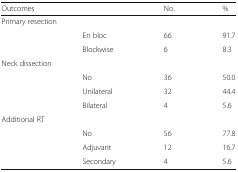
<table><thead><tr><td><b>Outcomes</b></td><td></td><td><b>No.</b></td><td><b>%</b></td></tr></thead><tbody><tr><td colspan="4">Primary resection</td></tr><tr><td rowspan="2"></td><td>En bloc</td><td>66</td><td>91.7</td></tr><tr><td>Blockwise</td><td>6</td><td>8.3</td></tr><tr><td colspan="4">Neck dissection</td></tr><tr><td rowspan="3"></td><td>No</td><td>36</td><td>50.0</td></tr><tr><td>Unilateral</td><td>32</td><td>44.4</td></tr><tr><td>Bilateral</td><td>4</td><td>5.6</td></tr><tr><td colspan="4">Additional RT</td></tr><tr><td rowspan="3"></td><td>No</td><td>56</td><td>77.8</td></tr><tr><td>Adjuvant</td><td>12</td><td>16.7</td></tr><tr><td>Secondary</td><td>4</td><td>5.6</td></tr></tbody></table>